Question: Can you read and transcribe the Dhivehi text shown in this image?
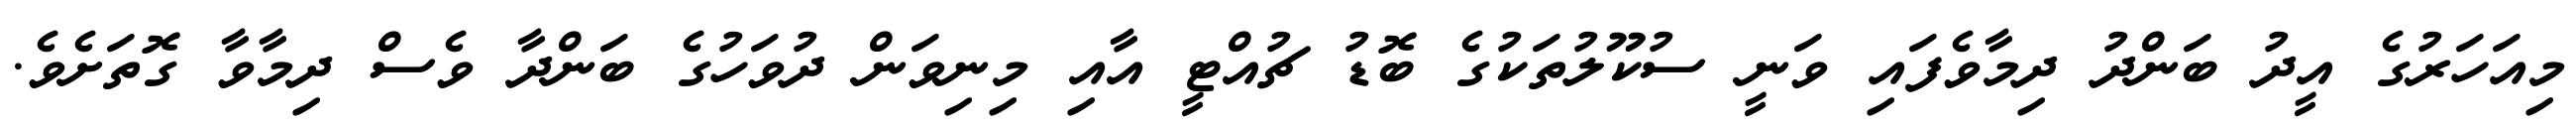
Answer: މިއަހަރުގެ އީދު ބަންދު ދިމާވެފައި ވަނީ ސުކޫލުތަކުގެ ބޮޑު ޗުއްޓީ އާއި މިނިވަން ދުވަހުގެ ބަންދާ ވެސް ދިމާވާ ގޮތަށެވެ.